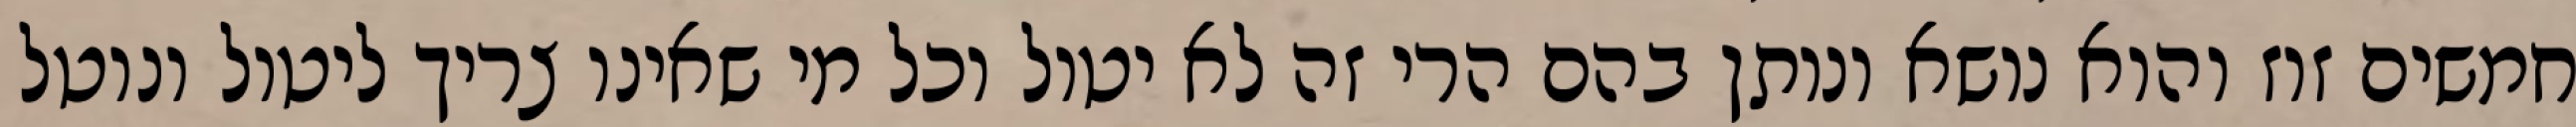
חמשים זוז והוא נושא ונותן בהם הרי זה לא יטול וכל מי שאינו צריך ליטול ונוטל